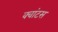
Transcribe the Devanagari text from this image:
क्‍वांटस